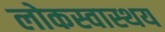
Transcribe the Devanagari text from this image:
लोकस्वास्थय